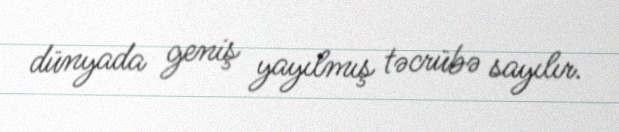
dünyada geniş yayılmış təcrübə sayılır.